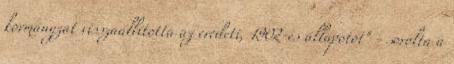
kormányzat visszaállította az eredeti, 1902-es állapotot" - sorolta a